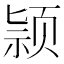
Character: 颕